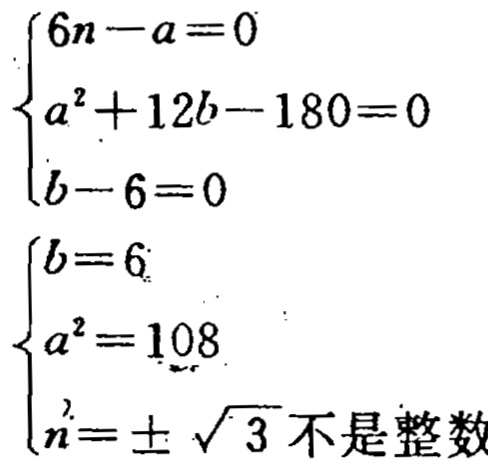
\[\begin{cases}

6n - a = 0\\

a^{2}+12b - 180 = 0\\

b - 6 = 0

\end{cases}\]

\[\begin{cases}

b = 6\\

a^{2}=108\\

n=\pm\sqrt{3}\text{ 不是整数}

\end{cases}\]